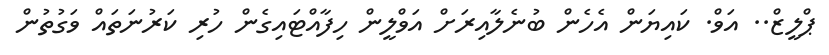
ޕްލީޒް.. އަވް. ކައިޔަން އެހެން ބުނެލާއިރަށް އަވްލީން ހިފާއްޓައިގެން ހުރި ކަރުނަތައް ވަގުތުން